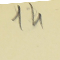
14